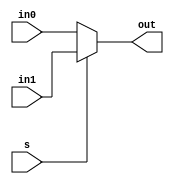
module mux2to1(in0,in1,s,out);
input in0,in1,s;
output out;
reg out;
always @ (in0 or in1 or s)
begin
    if(s == 0)
    begin
    	out= in0;
    end
    else
    begin
	out = in1;
    end
end 

endmodule